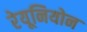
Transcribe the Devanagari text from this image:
रेयूनियोन